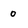
Character: o